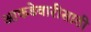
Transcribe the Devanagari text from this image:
आकडेवारीसाठी